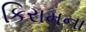
કિરામના